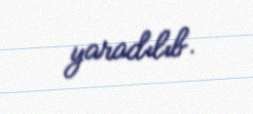
yaradılıb.